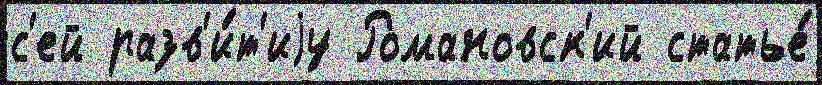
с'ей разв'и́т'иjу Романовск'ий статье́